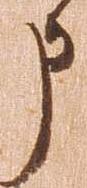
申